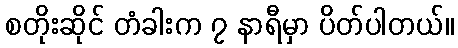
စတိုးဆိုင် တံခါးက ၇ နာရီမှာ ပိတ်ပါတယ်။